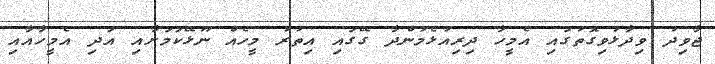
ޖާވިދު ވިދާޅުވިގޮތުގައި އެމީހާ ދިރިއުޅެމުންދާ ގޭގައި އިތުރު މީހެއް ނޫޅޭކަމަށާއި އަދި އެމީހާއާއި